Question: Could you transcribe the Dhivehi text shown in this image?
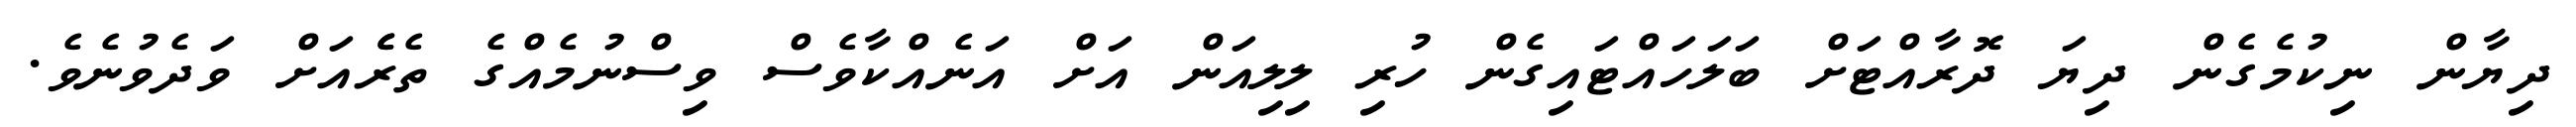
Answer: ދިޔާން ނިކުމެގެން ދިޔަ ދޮރާއްޓަށް ބަލަހައްޓައިގެން ހުރި ލިލިއަން އަށް އަނެއްކާވެސް ވިސްނުމެއްގެ ތެރެެއަށް ވަދެވުނެވެ.